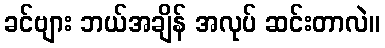
ခင်ဗျား ဘယ်အချိန် အလုပ် ဆင်းတာလဲ။